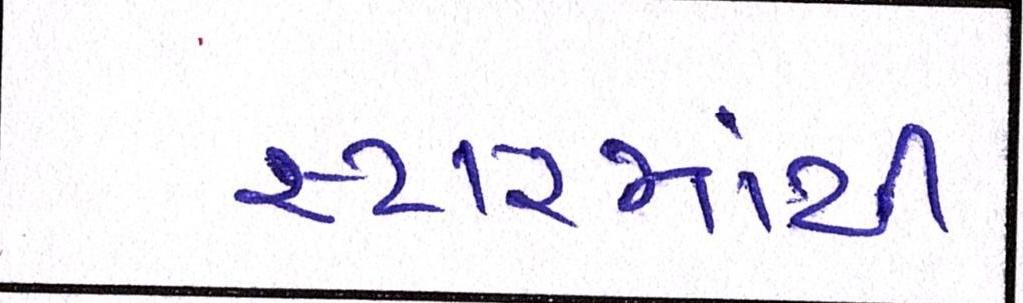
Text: સ્ટારમાંથી